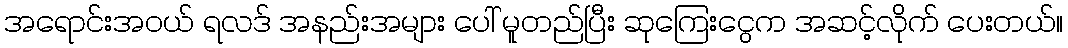
အရောင်းအဝယ် ရလဒ် အနည်းအများ ပေါ် မူတည်ပြီး ဆုကြေးငွေက အဆင့်လိုက် ပေးတယ်။